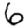
Digit: 6